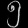
Digit: ၅